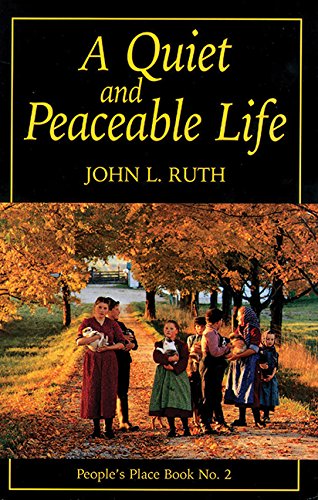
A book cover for Quiet and Peaceable Life: People's Place Book No.2; John Ruth; Christian Books & Bibles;